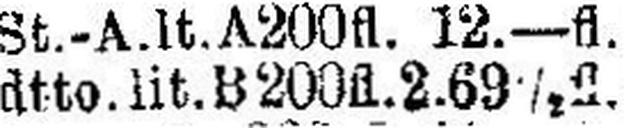
dtto. lit. B 200 fl. 2.69½ fl.